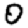
Digit: 0